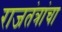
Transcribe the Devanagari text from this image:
राजतंत्रांचा